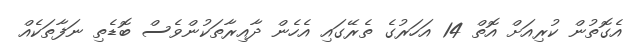
އެގޮތުން ކުރިއަށް އޮތް 14 އަހަރުގެ ތެރޭގައި އެހެން ދާއިރާތަކުންވެސް ބޮޑެތި ނަފާތަކެއް